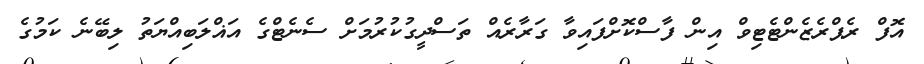
އޮފް ރެޕްރެޒެންޓެޓިވް އިން ފާސްކޮށްފައިވާ ގަރާރެއް ތަސްދީގުކުރުމަށް ސެނެޓްގެ އަޣްލަބިއްޔަތު ލިބޭނެ ކަމުގެ